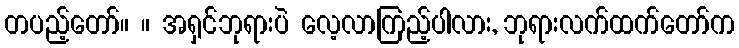
တပည့်တော်။ ။ အရှင်ဘုရားပဲ လေ့လာကြည့်ပါလား, ဘုရားလက်ထက်တော်က